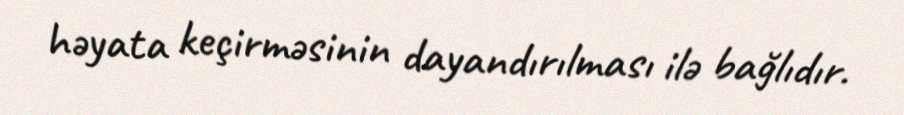
həyata keçirməsinin dayandırılması ilə bağlıdır.